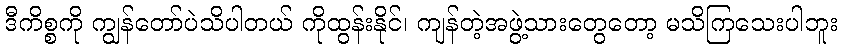
ဒီကိစ္စကို ကျွန်တော်ပဲသိပါတယ် ကိုထွန်းနိုင်၊ ကျန်တဲ့အဖွဲ့သားတွေတော့ မသိကြသေးပါဘူး